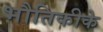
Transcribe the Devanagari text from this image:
भौतिकीके